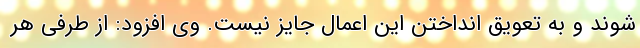
شوند و به تعویق انداختن این اعمال جایز نیست. وی افزود: از طرفی هر